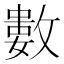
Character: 𢿙